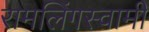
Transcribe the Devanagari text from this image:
रामलिंगस्वामी